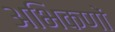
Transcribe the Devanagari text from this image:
अभिकणों